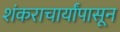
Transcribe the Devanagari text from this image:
शंकराचार्यांपासून